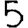
Digit: 5